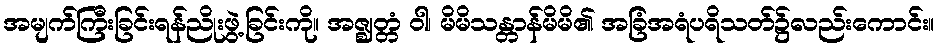
အမျက်ကြီးခြင်းရန်ညိုးဖွဲ့ခြင်းကို။ အဇ္ဈတ္တံ ဝါ၊ မိမိသန္တာန်မိမိ၏ အခြံအရံပရိသတ်၌လည်းကောင်း။